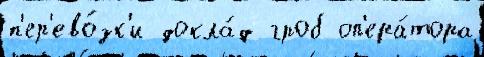
п'ер'ево́зк'и докла́д гроб оп'ера́тора